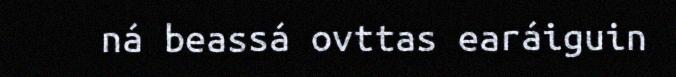
ná beassá ovttas earáiguin